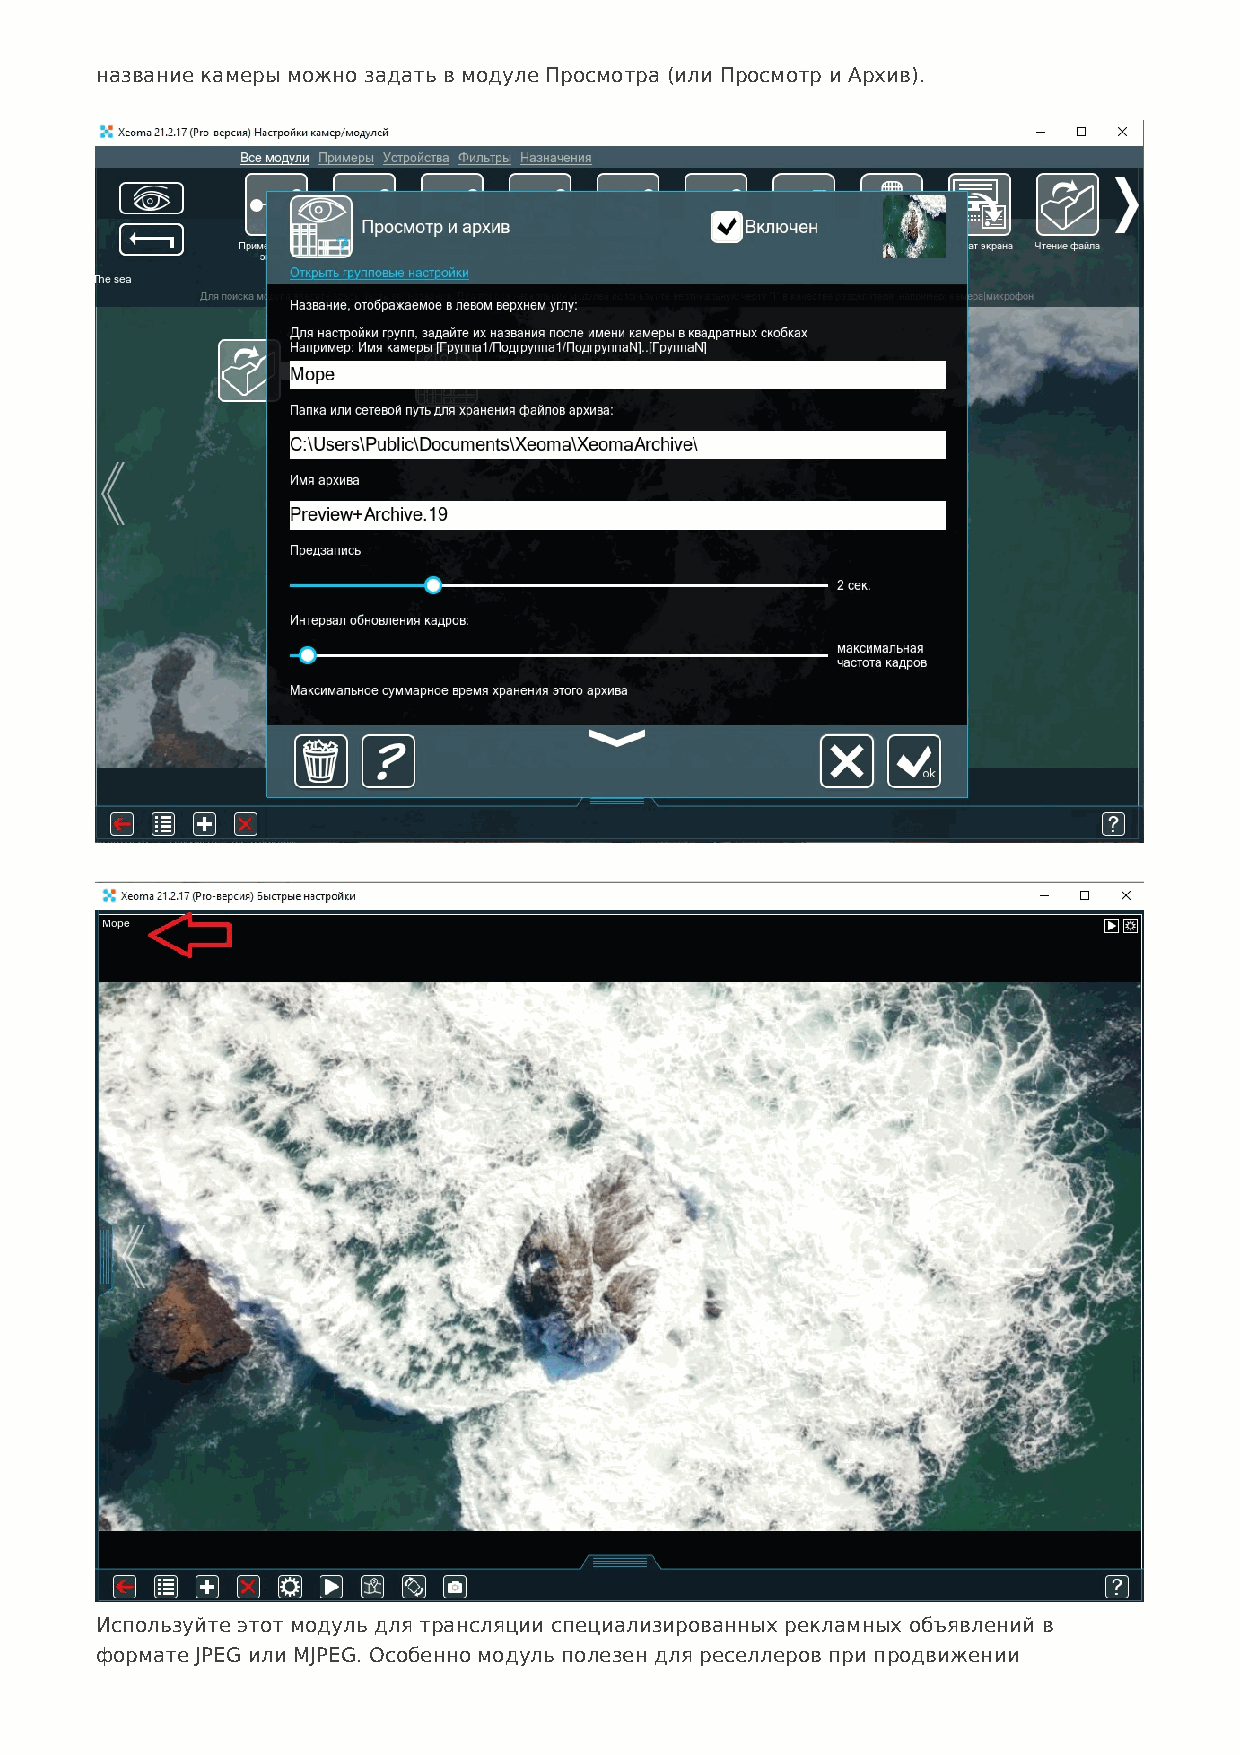
название камеры можно задать в модуле Просмотра (или Просмотр и Архив).
 Используйте этот модуль для трансляции специализированных рекламных объявлений в
 формате JPEG или MJPEG. Особенно модуль полезен для реселлеров при продвижении